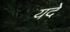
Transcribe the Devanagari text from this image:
यदे